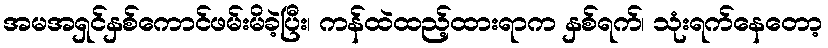
အမအရှင်နှစ်ကောင်ဖမ်းမိခဲ့ပြီး၊ ကန်ထဲထည့်ထားရာက နှစ်ရက်၊ သုံးရက်နေတော့